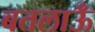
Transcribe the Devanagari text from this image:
बतलाऊँ